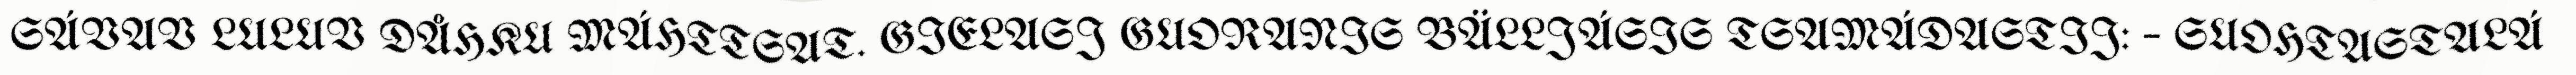
SÁVAV LULUV DÅHKU MÁHTTSAT. GIELASJ GUORANIS BÄLLJÁSIS TSAMÁDASTIJ: – SUOHTASTALÁ